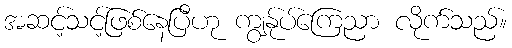
အဆင့်သင့်ဖြစ်နေပြီဟု ကျွန်ုပ်ကြေညာ လိုက်သည်။